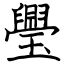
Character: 璺